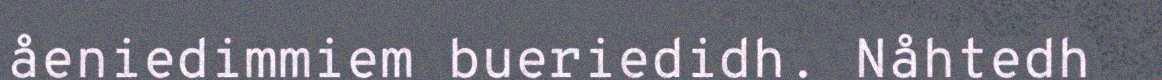
åeniedimmiem bueriedidh. Nåhtedh